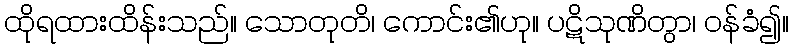
ထိုရထားထိန်းသည်။ သောတုတိ၊ ကောင်း၏ဟု။ ပဋိသုဏိတွာ၊ ဝန်ခံ၍။